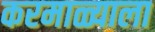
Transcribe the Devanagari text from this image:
करमाळ्याला